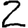
Digit: 2